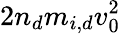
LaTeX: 2n_{d}m_{i,d}v_{0}^{2}